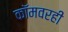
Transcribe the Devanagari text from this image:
कॉमवरही